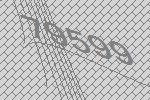
79599